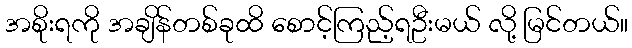
အစိုးရကို အချိန်တစ်ခုထိ စောင့်ကြည့်ရဦးမယ် လို့ မြင်တယ်။